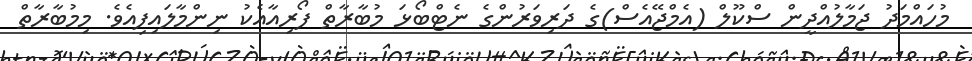
މުހައްމަދު ޖަމާލުއްދީން ސްކޫލް (އެމްޖޭއެސް)ގެ ދަރިވަރުންގެ ނެޓްބޯޅަ މުބާރާތް ފޯރިއާއެކު ނިންމާލައިފިއެވެ. މިމުބާރާތް